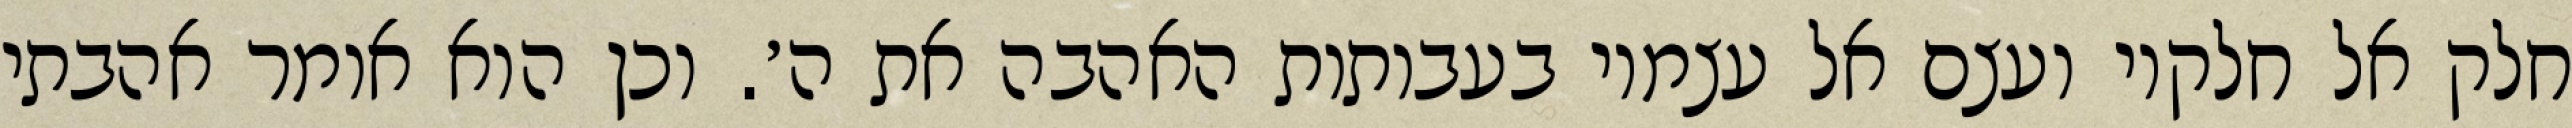
חלק אל חלקיו ועצם אל עצמיו בעבותות האהבה את ה׳. וכן הוא אומר אהבתי